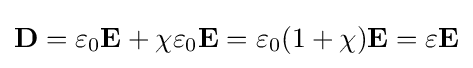
\mathbf {D} =\varepsilon _{0}\mathbf {E} +\chi \varepsilon _{0}\mathbf {E} =\varepsilon _{0}(1+\chi )\mathbf {E} =\varepsilon \mathbf {E}